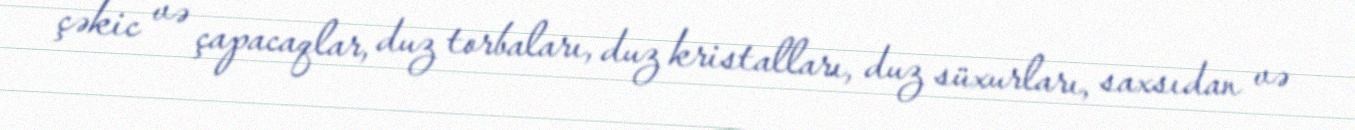
çəkic və çapacaqlar, duz torbaları, duz kristalları, duz süxurları, saxsıdan və